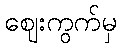
ဈေးကွက်မှ